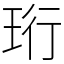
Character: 珩